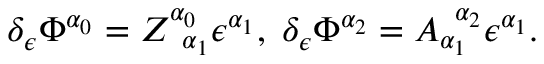
\delta _ { \epsilon } \Phi ^ { \alpha _ { 0 } } = Z _ { \; \; \alpha _ { 1 } } ^ { \alpha _ { 0 } } \epsilon ^ { \alpha _ { 1 } } , \; \delta _ { \epsilon } \Phi ^ { \alpha _ { 2 } } = A _ { \alpha _ { 1 } } ^ { \; \; \alpha _ { 2 } } \epsilon ^ { \alpha _ { 1 } } .